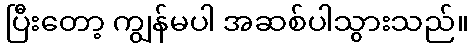
ပြီးတော့ ကျွန်မပါ အဆစ်ပါသွားသည်။